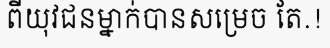
ពីយុវជនម្នាក់បានសម្រេច តែ.!